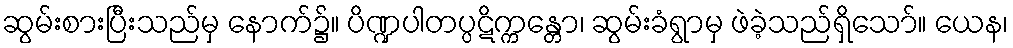
ဆွမ်းစားပြီးသည်မှ နောက်၌။ ပိဏ္ဍပါတပ္ပဋိက္ကန္တော၊ ဆွမ်းခံရွာမှ ဖဲခဲ့သည်ရှိသော်။ ယေန၊